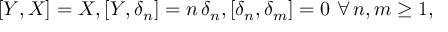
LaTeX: [ Y , X ] = X , [ Y , \delta _ { n } ] = n \, \delta _ { n } , [ \delta _ { n } , \delta _ { m } ] = 0 \ \forall \, n , m \geq 1 ,